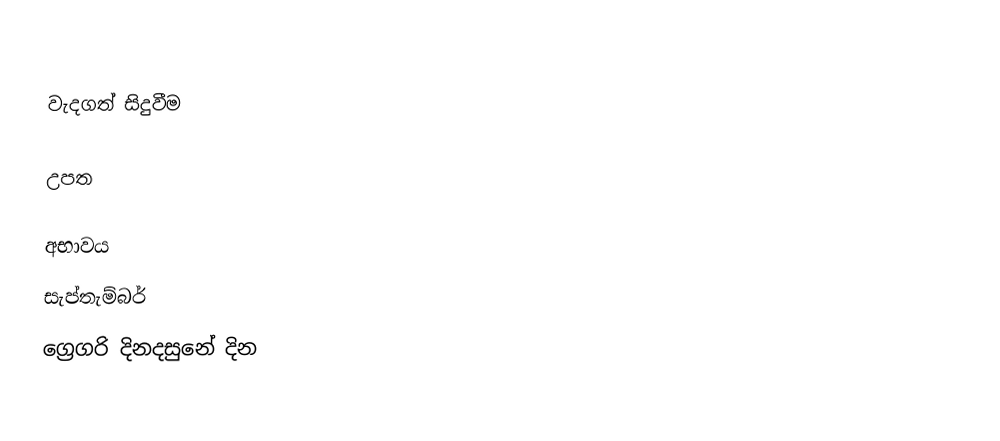

වැදගත් සිදුවීම

උපත

අභාවය
සැප්තැම්බර්
ග්‍රෙගරි දිනදසුනේ දින